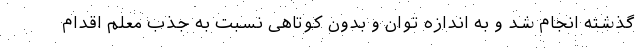
گذشته انجام شد و به اندازه توان و بدون کوتاهی نسبت به جذب معلم اقدام